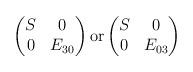
LaTeX: \begin{align*}\begin{pmatrix}S & 0 \\0 & E_{30}\end{pmatrix}\mbox{or} \begin{pmatrix}S & 0 \\0 & E_{03}\end{pmatrix}\end{align*}